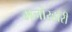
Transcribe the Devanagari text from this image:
मनोरहारी